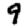
Digit: 9